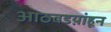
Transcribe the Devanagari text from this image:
आठवडय़ांहून